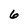
Character: 6